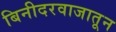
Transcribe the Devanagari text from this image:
बिनीदरवाजातून